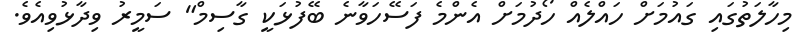
މިހާލަތުގައި ގައުމަށް ހައްލެއް ހޯދުމަށް އެންމެ ފަސޭހަވާނެ ބޭފުޅަކީ ގާސިމް" ސަމީރު ވިދާޅުވިއެވެ.